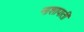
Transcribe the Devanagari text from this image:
नाशापाती